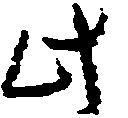
此